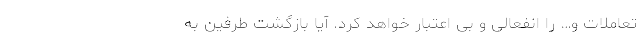
تعاملات و… را انفعالی و بی اعتبار خواهد کرد. آیا بازگشت طرفین به